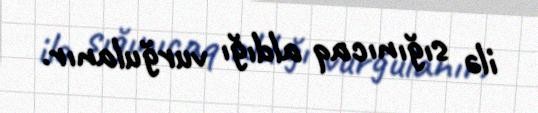
ilə sığınıcaq aldığı vurğulanır.